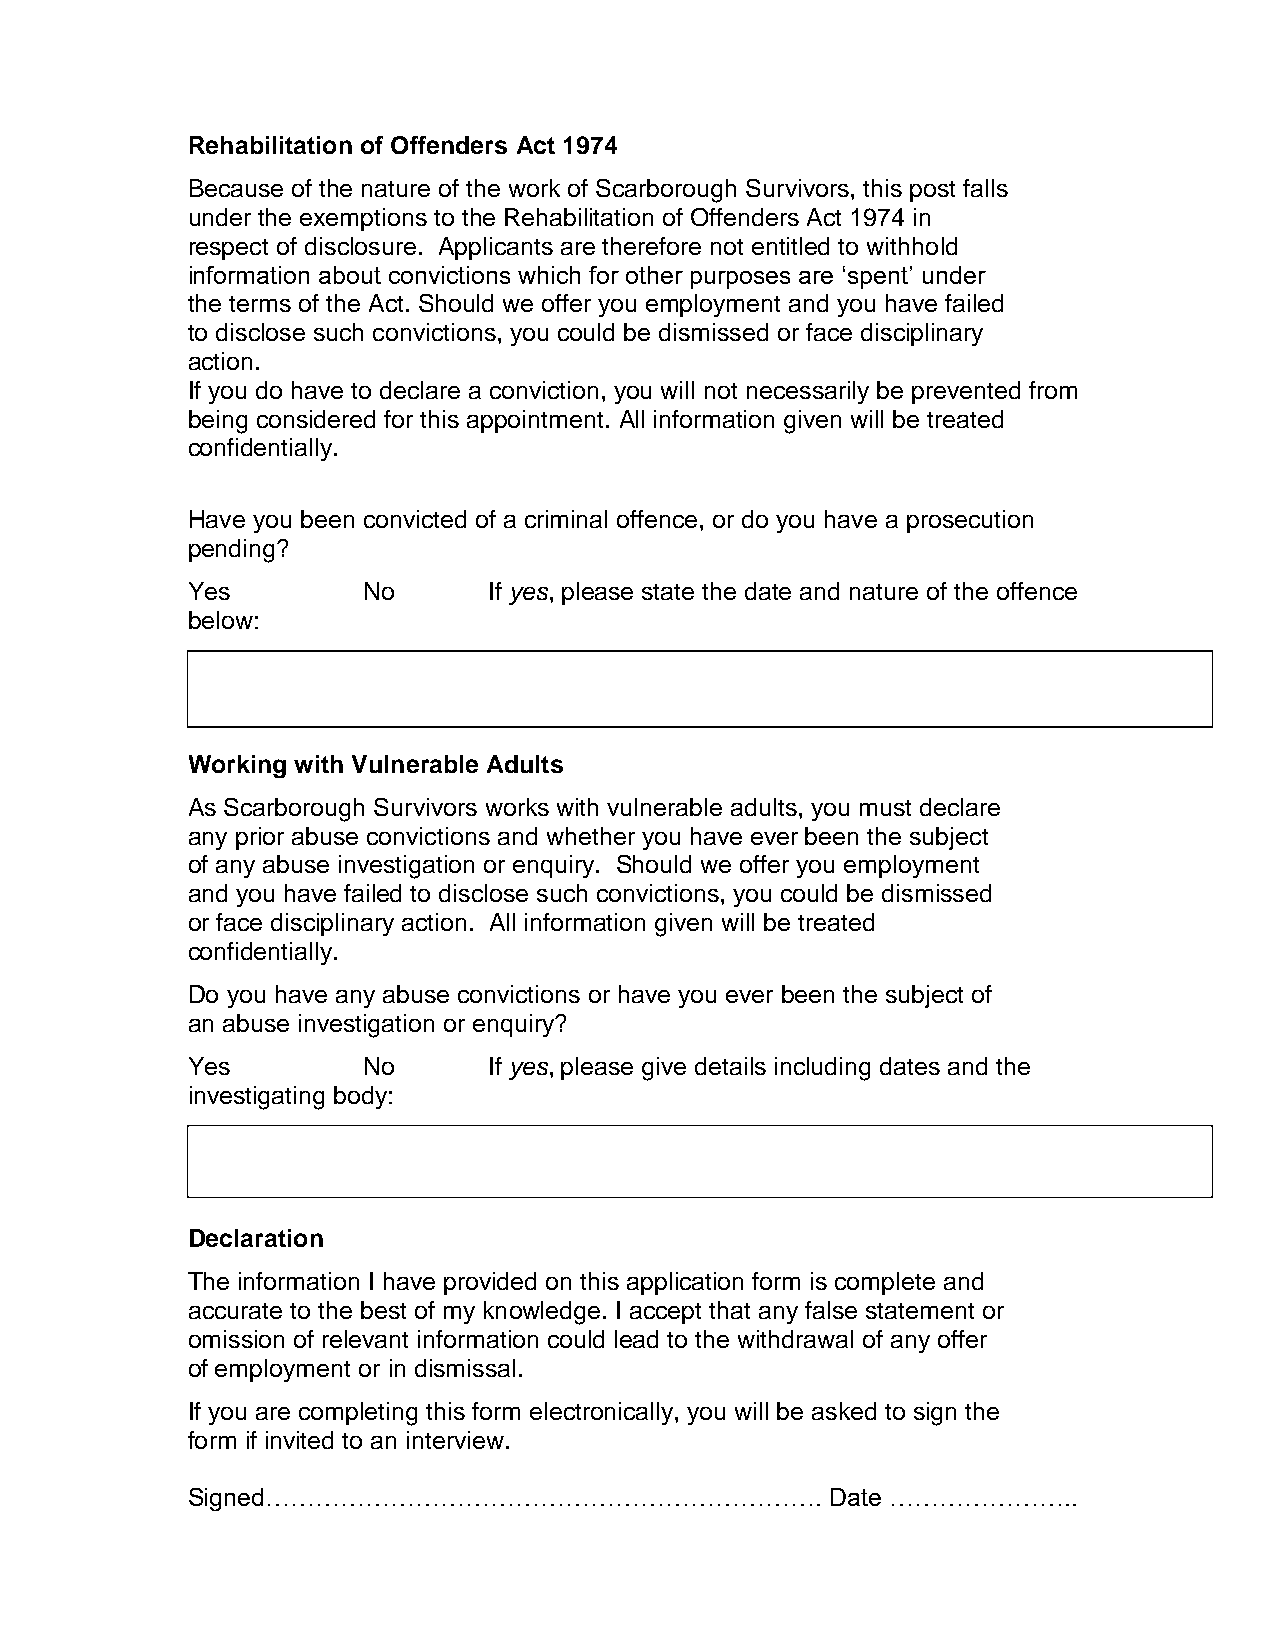
Rehabilitation of Offenders Act 1974
 Because of the nature of the work of Scarborough Survivors, this post falls
 under the exemptions to the Rehabilitation of Offenders Act 1974 in
 respect of disclosure. Applicants are therefore not entitled to withhold
 information about convictions which for other purposes are ‘spent’ under
 the terms of the Act. Should we offer you employment and you have failed
 to disclose such convictions, you could be dismissed or face disciplinary
 action.
 If you do have to declare a conviction, you will not necessarily be prevented from
 being considered for this appointment. All information given will be treated
 confidentially.
 Have you been convicted of a criminal offence, or do you have a prosecution
 pending?
 Yes         No      If yes, please state the date and nature of the offence
 below:
 Working with Vulnerable Adults
 As Scarborough Survivors works with vulnerable adults, you must declare
 any prior abuse convictions and whether you have ever been the subject
 of any abuse investigation or enquiry. Should we offer you employment
 and you have failed to disclose such convictions, you could be dismissed
 or face disciplinary action. All information given will be treated
 confidentially.
 Do you have any abuse convictions or have you ever been the subject of
 an abuse investigation or enquiry?
 Yes         No      If yes, please give details including dates and the
 investigating body:
 Declaration
 The information I have provided on this application form is complete and
 accurate to the best of my knowledge. I accept that any false statement or
 omission of relevant information could lead to the withdrawal of any offer
 of employment or in dismissal.
 If you are completing this form electronically, you will be asked to sign the
 form if invited to an interview.
 Signed………………………………………………………….              Date …………………..